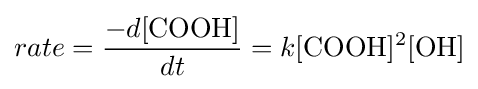
rate={\frac {-d[{\ce {COOH}}]}{dt}}=k[{\ce {COOH}}]^{2}[{\ce {OH}}]